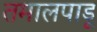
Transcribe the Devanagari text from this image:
तमालपाडू